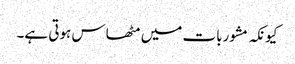
کیونکہ مشوربات میں مٹھاس ہوتی ہے۔